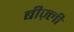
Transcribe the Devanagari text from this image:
बीज़्ली